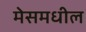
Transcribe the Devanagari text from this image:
मेसमधील